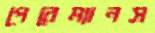
পেরেম্যানস